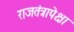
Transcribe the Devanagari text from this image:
राजतंत्रापेक्षा